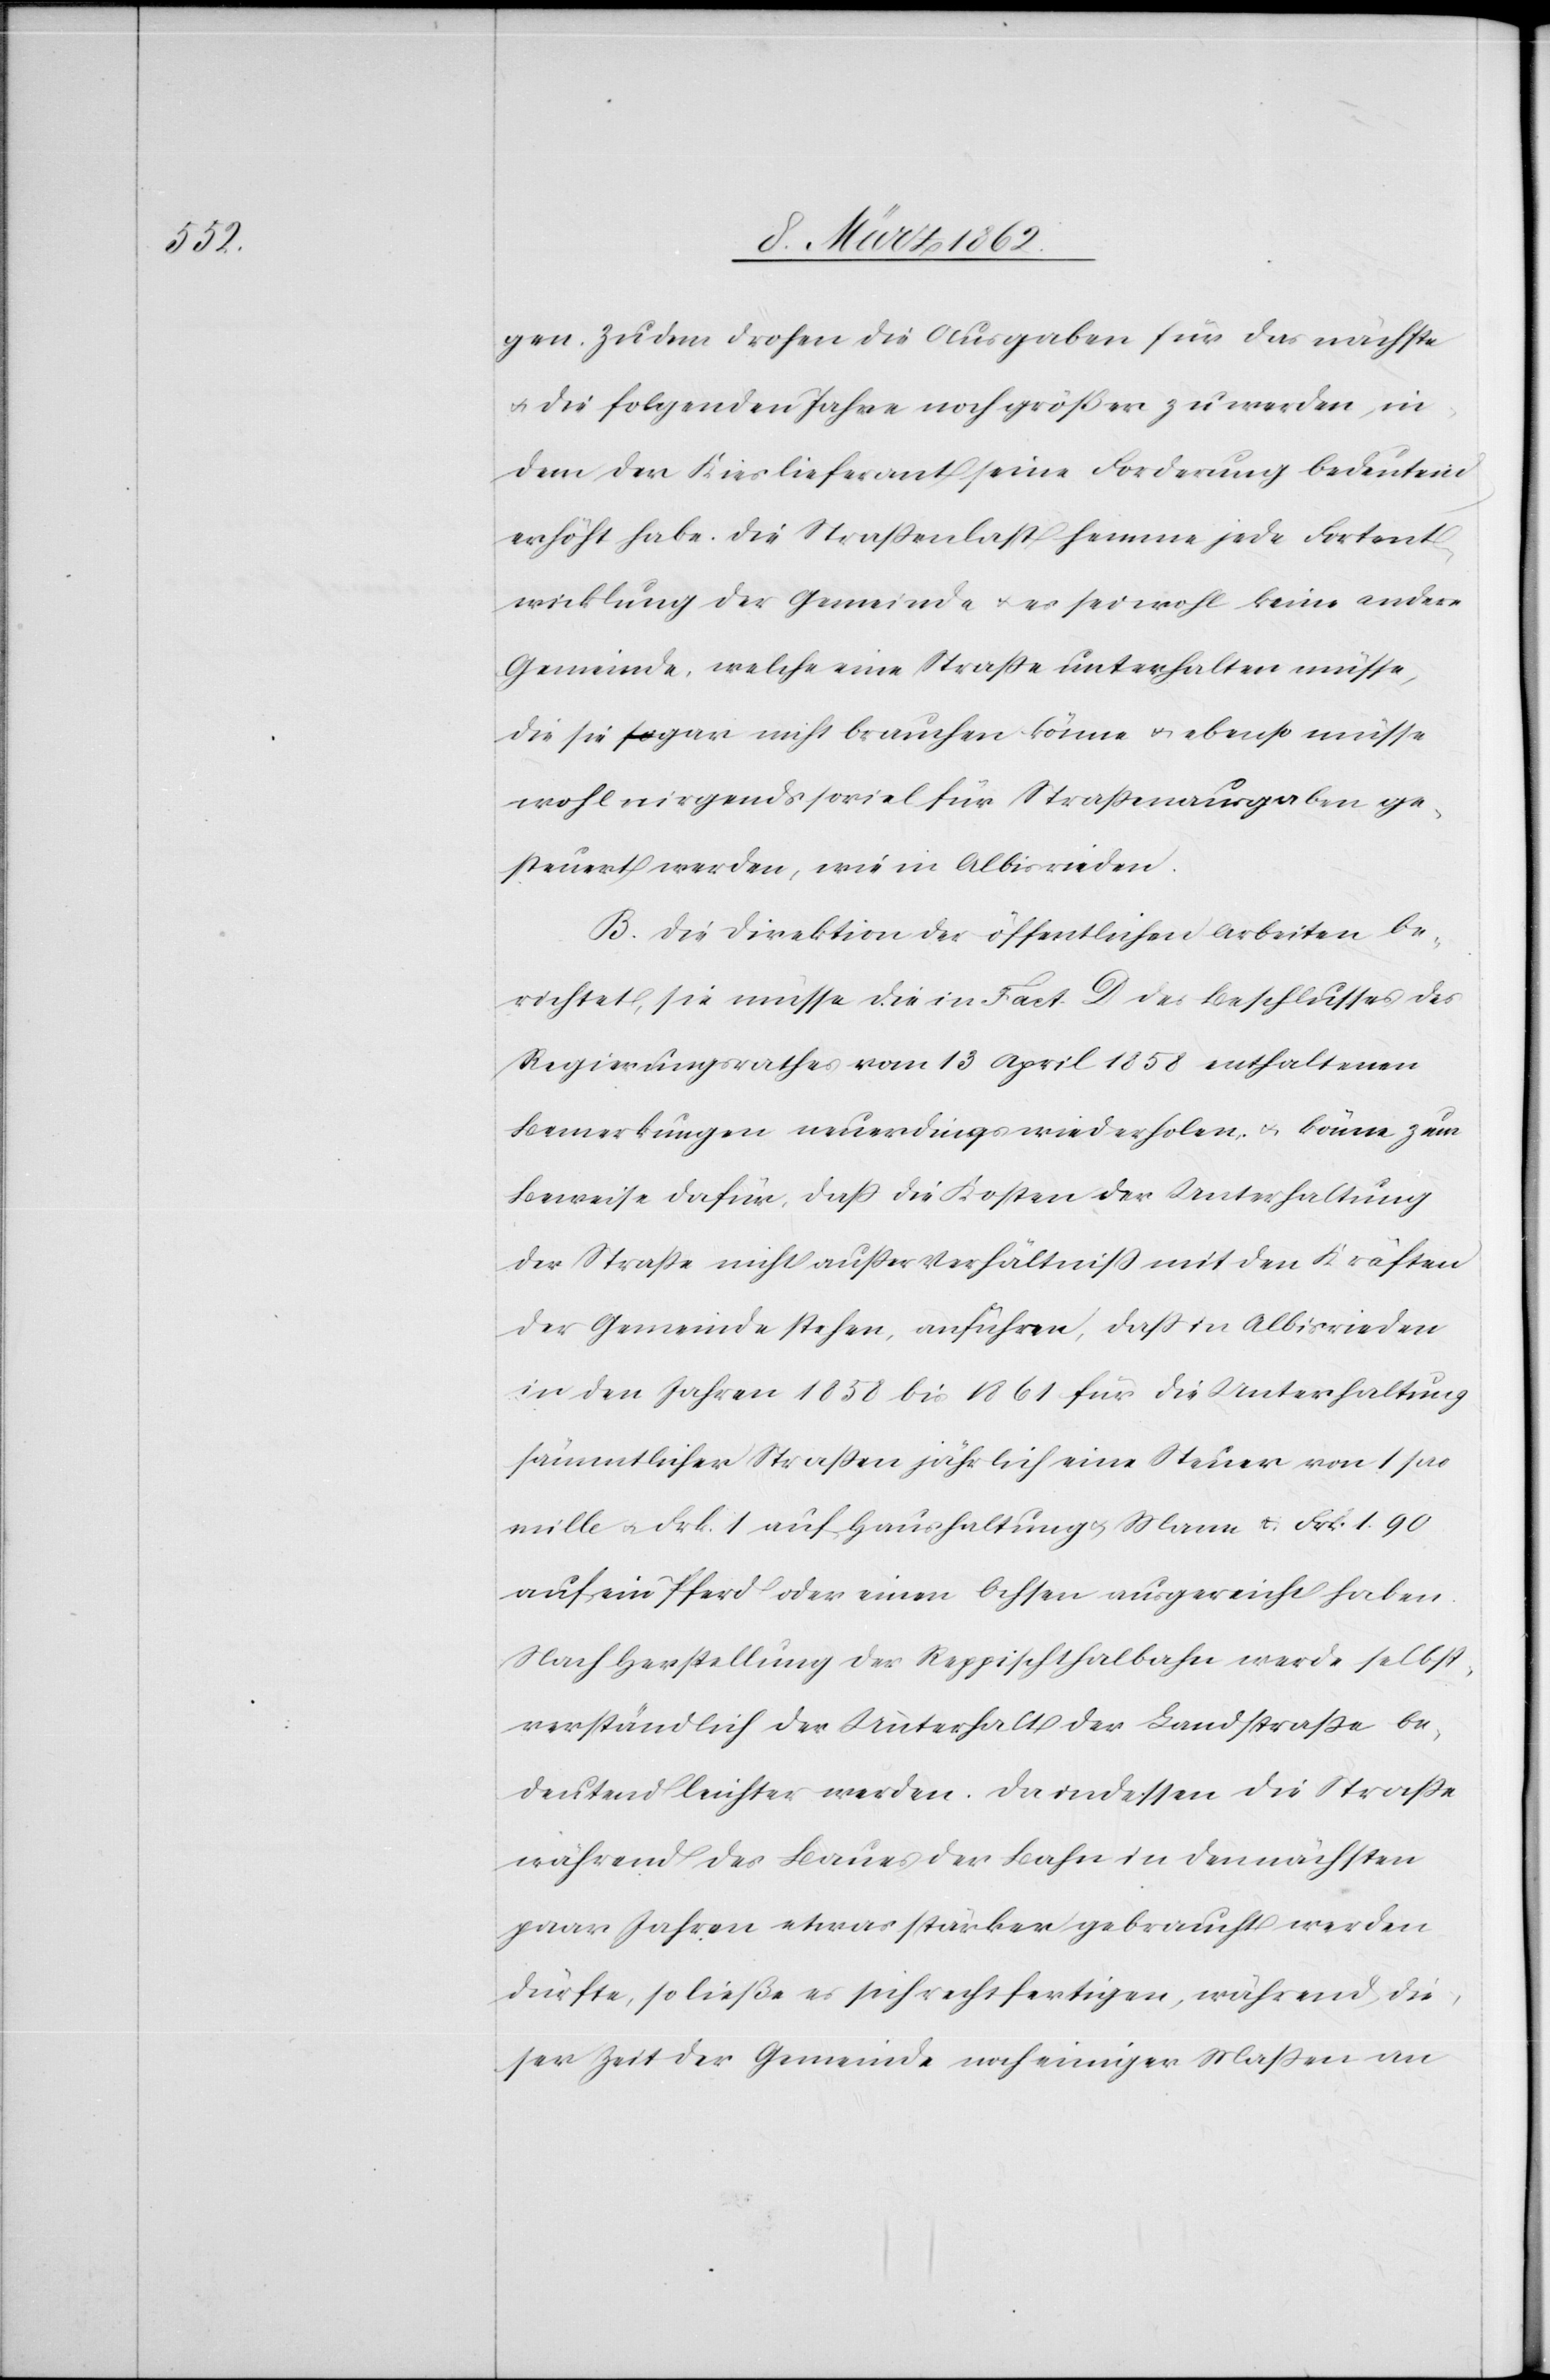
gen. Zudem drohen die Ausgaben für das nächste
u. die folgenden Jahre noch größer zu werden, in¬
dem der Kieslieferant seine Forderung bedeutend
erhöht habe. Die Straßenlast hemme jede Fortent¬
wicklung der Gemeinde u. es sei wohl keine andere
Gemeinde, welche eine Straße unterhalten müsse,
die sie gar nicht brauchen könne u. ebenso müsse
wohl nirgends soviel für Straßenausgaben ge¬
steuert werden, wie in Albisrieden.
B. Die Direktion der öffentlichen Arbeiten be¬
richtet, sie müsse die in Fact. D des Beschlusses des
Regierungsrathes vom 13 April 1858 enthaltenen
Bemerkungen neuerdings wiederholen, u. könne zum
Beweise dafür, daß die Kosten der Unterhaltung
der Straße nicht außer Verhältniß mit den Kräften
der Gemeinde stehen, anführen, daß in Albisrieden
in den Jahren 1858 bis 1861 für die Unterhaltung
sämmtlicher Straßen jährlich eine Steuer von 1 pro
mille u. Frk. 1 auf Haushaltung u. Mann & Frk. 1.90
auf ein Pferd oder einen Ochsen ausgereicht haben.
Nach Herstellung der Reppischthalbahn werde selbst¬
verständlich der Unterhalt der Landstraße be¬
deutend leichter werden. Da indessen die Straße
während des Baues der Bahn in den nächsten
paar Jahren etwas stärker gebraucht werden
dürfte, so ließe es sich rechtfertigen, während die¬
ser Zeit der Gemeinde noch einiger Maßen an